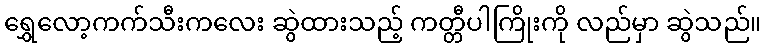
ရွှေလော့ကက်သီးကလေး ဆွဲထားသည့် ကတ္တီပါကြိုးကို လည်မှာ ဆွဲသည်။